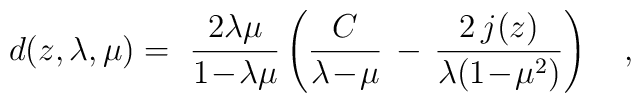
d(z,\lambda,\mu) =~{2\lambda\mu \over 1\!-\!\lambda\mu}   \left( {C \over \lambda\!-\!\mu} \, - \,          {2 \, j(z) \over \lambda (1\!-\!\mu^2)} \right)~~~,